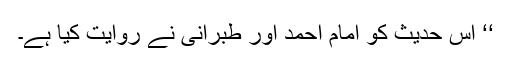
‘‘ اس حدیث کو امام احمد اور طبرانی نے روایت کیا ہے۔